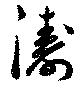
濤